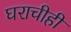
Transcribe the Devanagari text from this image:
घराचीही